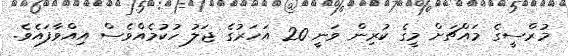
މުރްސީގެ މައްޗަށް މީގެ ކުރިން ވަނީ 20 އަހަރުގެ ޖަލު ހުކުމެއްވެސް އިއްވާފައެވެ.